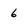
Character: 6